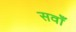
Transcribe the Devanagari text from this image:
सवाँ